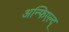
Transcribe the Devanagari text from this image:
अन्फिएल्द्